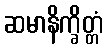
ဆမာနိက္ခိတ္တံ